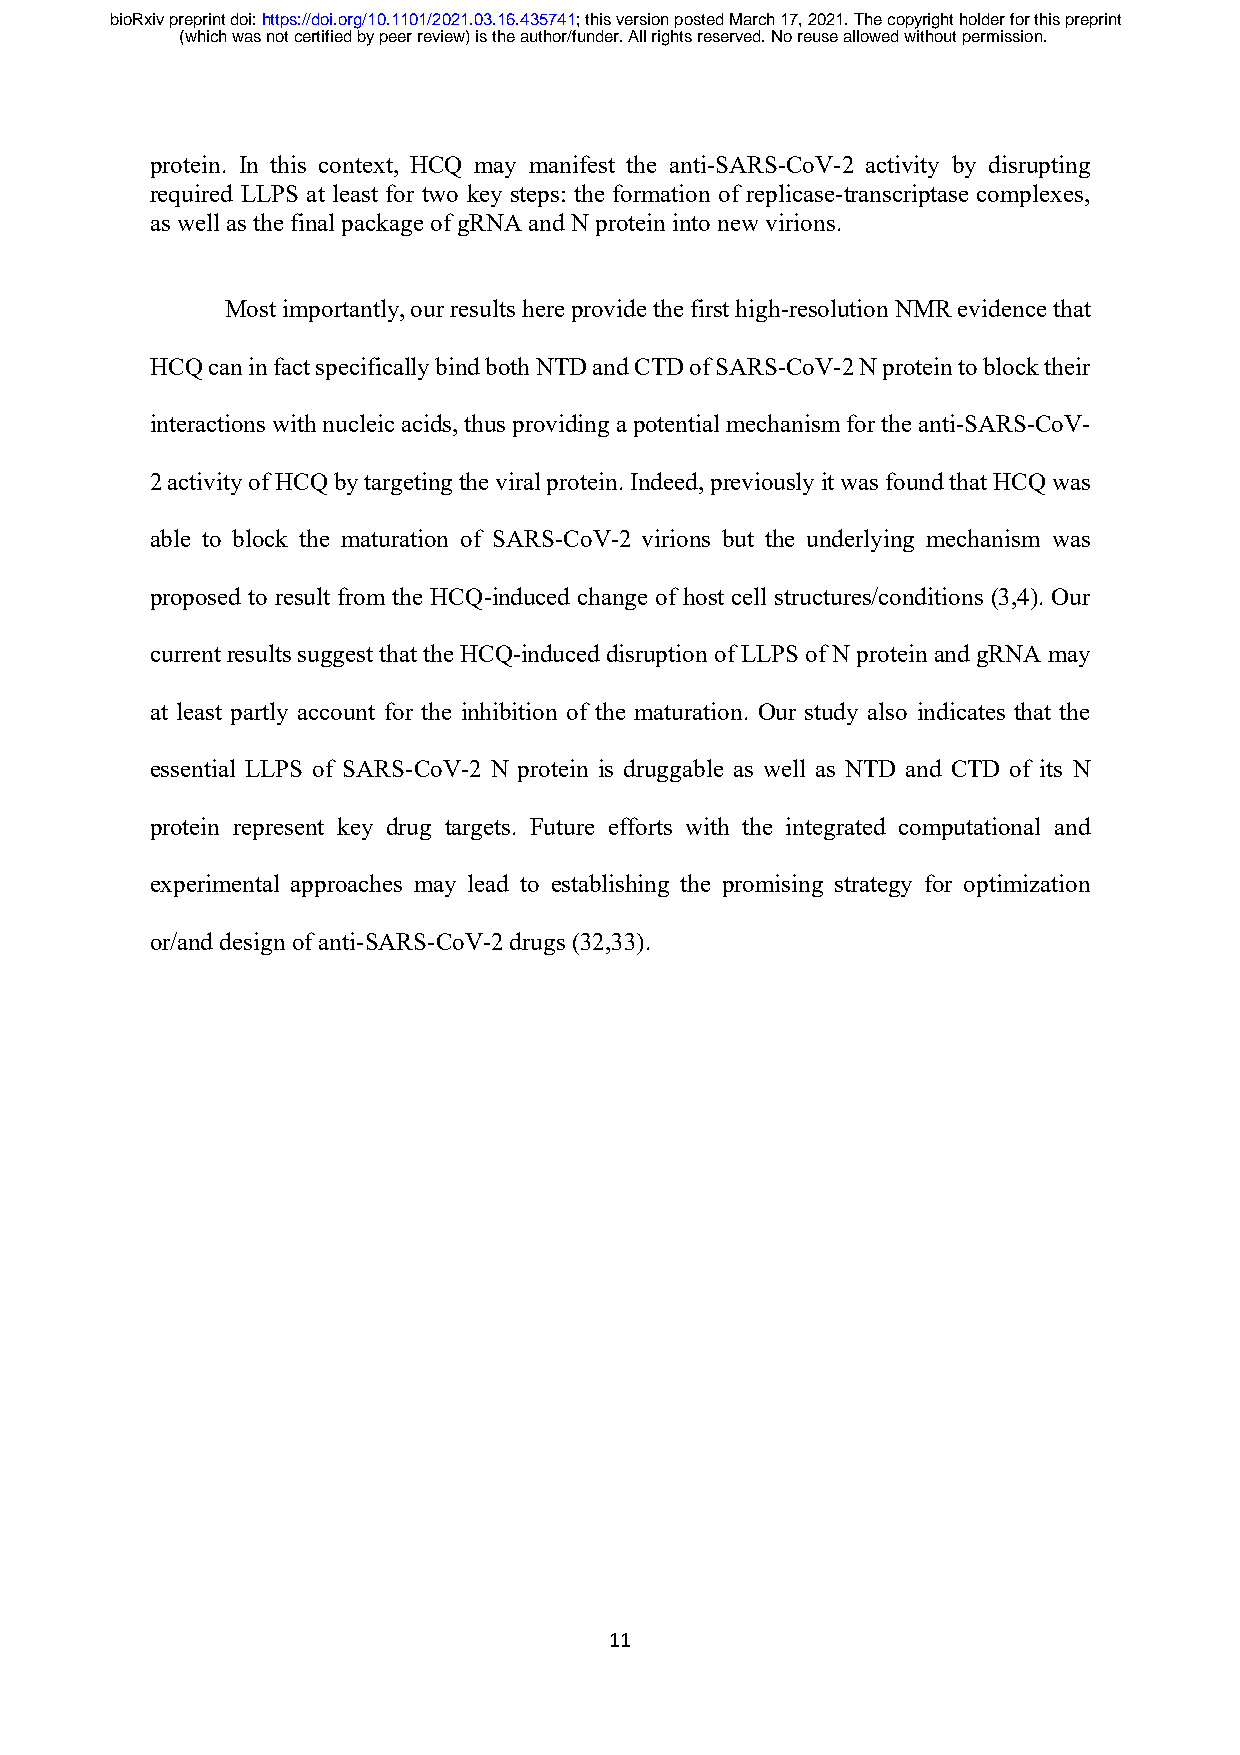
bioRxiv preprint doi: https://doi.org/10.1101/2021.03.16.435741; this version posted March 17, 2021. The copyright holder for this preprint
 (which was not certified by peer review) is the author/funder. All rights reserved. No reuse allowed without permission.
 protein. In this context, HCQ may manifest the anti-SARS-CoV-2 activity by disrupting
 required LLPS at least for two key steps: the formation of replicase-transcriptase complexes,
 as well as the final package of gRNA and N protein into new virions.
 Most importantly, our results here provide the first high-resolution NMR evidence that
 HCQ can in fact specifically bind both NTD and CTD of SARS-CoV-2 N protein to block their
 interactions with nucleic acids, thus providing a potential mechanism for the anti-SARS-CoV-
 2 activity of HCQ by targeting the viral protein. Indeed, previously it was found that HCQ was
 able to block the maturation of SARS-CoV-2 virions but the underlying mechanism was
 proposed to result from the HCQ-induced change of host cell structures/conditions (3,4). Our
 current results suggest that the HCQ-induced disruption of LLPS of N protein and gRNA may
 at least partly account for the inhibition of the maturation. Our study also indicates that the
 essential LLPS of SARS-CoV-2 N protein is druggable as well as NTD and CTD of its N
 protein represent key drug targets. Future efforts with the integrated computational and
 experimental approaches may lead to establishing the promising strategy for optimization
 or/and design of anti-SARS-CoV-2 drugs (32,33).
 11